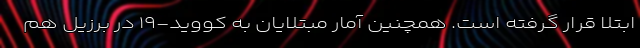
ابتلا قرار گرفته است. همچنین آمار مبتلایان به کووید-۱۹ در برزیل هم